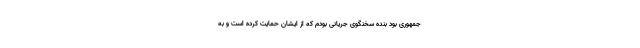
جمهوری بود بنده سخنگوی جریانی بودم که از ایشان حمایت کرده است و به